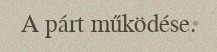
A párt működése.